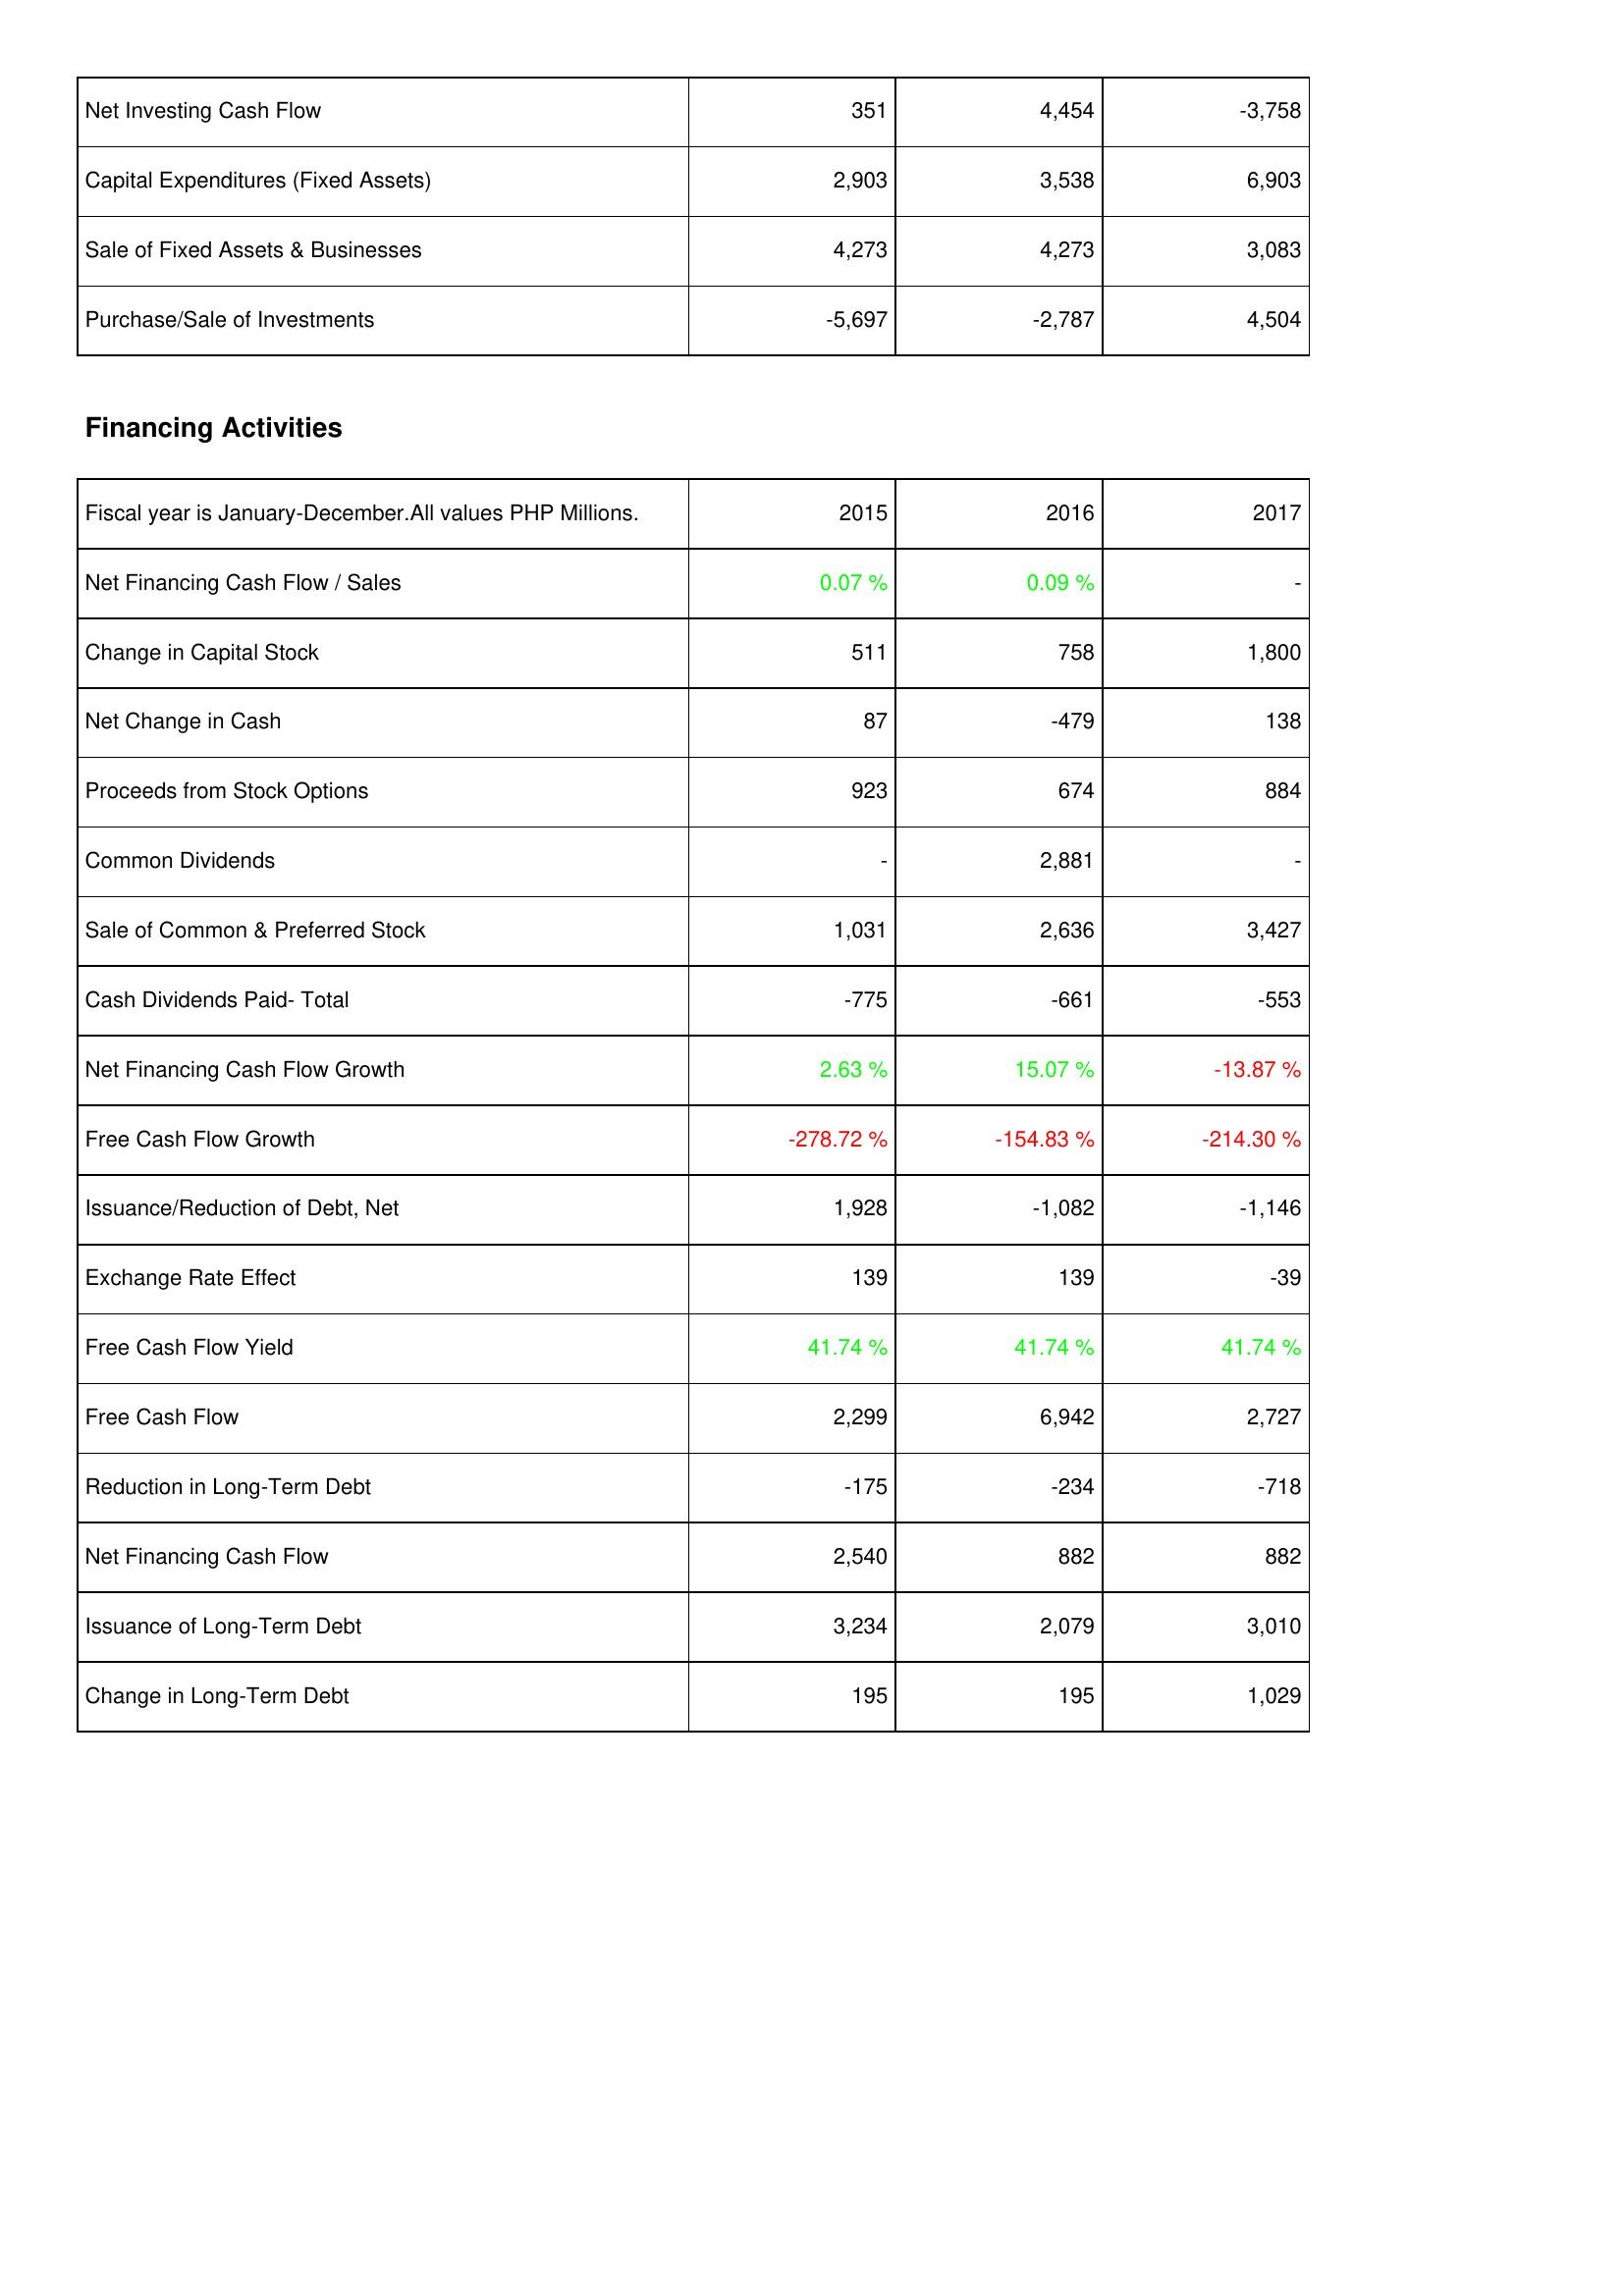
2015: Investing Activities: Net Investing Cash Flow: 351
Capital Expenditures (Fixed Assets): 2,903
Sale of Fixed Assets & Businesses: 4,273
Purchase/Sale of Investments: -5,697
Financing Activities: Net Financing Cash Flow / Sales: 0.07 %
Change in Capital Stock: 511
Net Change in Cash: 87
Proceeds from Stock Options: 923
Common Dividends: -
Sale of Common & Preferred Stock: 1,031
Cash Dividends Paid- Total: -775
Net Financing Cash Flow Growth: 2.63 %
Free Cash Flow Growth: -278.72 %
Issuance/Reduction of Debt, Net: 1,928
Exchange Rate Effect: 139
Free Cash Flow Yield: 41.74 %
Free Cash Flow: 2,299
Reduction in Long-Term Debt: -175
Net Financing Cash Flow: 2,540
Issuance of Long-Term Debt: 3,234
Change in Long-Term Debt: 195
2016: Investing Activities: Net Investing Cash Flow: 4,454
Capital Expenditures (Fixed Assets): 3,538
Sale of Fixed Assets & Businesses: 4,273
Purchase/Sale of Investments: -2,787
Financing Activities: Net Financing Cash Flow / Sales: 0.09 %
Change in Capital Stock: 758
Net Change in Cash: -479
Proceeds from Stock Options: 674
Common Dividends: 2,881
Sale of Common & Preferred Stock: 2,636
Cash Dividends Paid- Total: -661
Net Financing Cash Flow Growth: 15.07 %
Free Cash Flow Growth: -154.83 %
Issuance/Reduction of Debt, Net: -1,082
Exchange Rate Effect: 139
Free Cash Flow Yield: 41.74 %
Free Cash Flow: 6,942
Reduction in Long-Term Debt: -234
Net Financing Cash Flow: 882
Issuance of Long-Term Debt: 2,079
Change in Long-Term Debt: 195
2017: Investing Activities: Net Investing Cash Flow: -3,758
Capital Expenditures (Fixed Assets): 6,903
Sale of Fixed Assets & Businesses: 3,083
Purchase/Sale of Investments: 4,504
Financing Activities: Net Financing Cash Flow / Sales: -
Change in Capital Stock: 1,800
Net Change in Cash: 138
Proceeds from Stock Options: 884
Common Dividends: -
Sale of Common & Preferred Stock: 3,427
Cash Dividends Paid- Total: -553
Net Financing Cash Flow Growth: -13.87 %
Free Cash Flow Growth: -214.30 %
Issuance/Reduction of Debt, Net: -1,146
Exchange Rate Effect: -39
Free Cash Flow Yield: 41.74 %
Free Cash Flow: 2,727
Reduction in Long-Term Debt: -718
Net Financing Cash Flow: 882
Issuance of Long-Term Debt: 3,010
Change in Long-Term Debt: 1,029